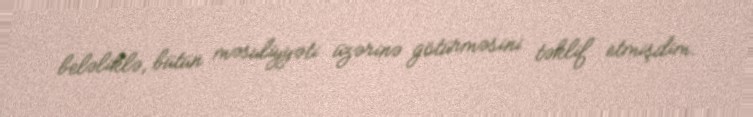
beləliklə, bütün məsuliyyəti üzərinə götürməsini təklif etmişdim.